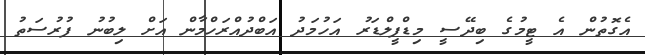
އެގޮތުން އެ ޓީމުގެ ބިދޭސީ މިޑްފީލްޑަރު އަހުމަދު އަބްދުއްރަހްމާން އަށް ލިބުނު ފުރުސަތު